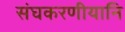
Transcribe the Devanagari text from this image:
संघकरणीयानि